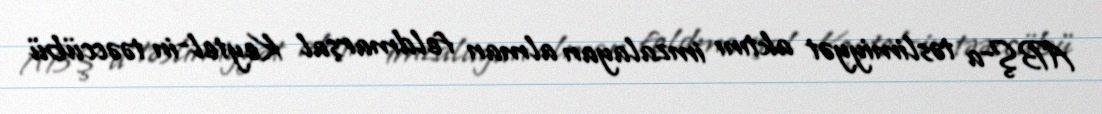
ABŞ-a təslimiyyət aktını imzalayan alman feldmarşal Keytel-in təəccübü